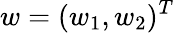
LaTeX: w=(w_{1},w_{2})^{T}